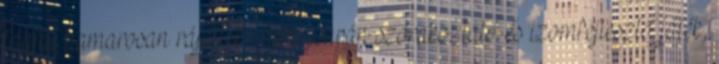
tagjai hamarosan rájöttek- nem csupán szórakoztató és izomfejlesztő játék,